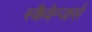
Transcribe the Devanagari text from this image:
स्कैवेन्जर्स